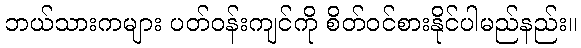
ဘယ်သားကများ ပတ်ဝန်းကျင်ကို စိတ်ဝင်စားနိုင်ပါမည်နည်း။